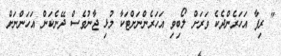
" ރިފާ އަހަރެންދެކެ ވަރަށް ލޯބިވި އަހަރެންނަށްޓަކާ މުޅި ޖާނުވެސް ދޭނެކަން އަހަންނަށް